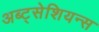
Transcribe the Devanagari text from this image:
अब्ट्सेशियन्स